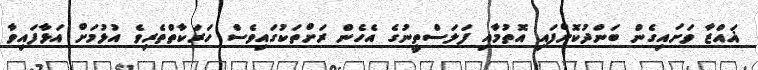
ޣައްޒާ ވަށައިގެން ބަންދުކޮށްފައި އޮތުމާއި ފަލަސްތީނުގެ އެހެން ރަށްތަކުގައިވެސް ހަރަކާތްތެރިވެ އުޅުމަށް އަޅާފައިވާ